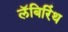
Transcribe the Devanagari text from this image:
लॅबिरिंथ